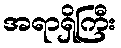
အရာရှိကြီး